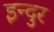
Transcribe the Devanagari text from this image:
इन्दुर